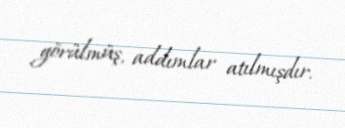
görülmüş, addımlar atılmışdır.